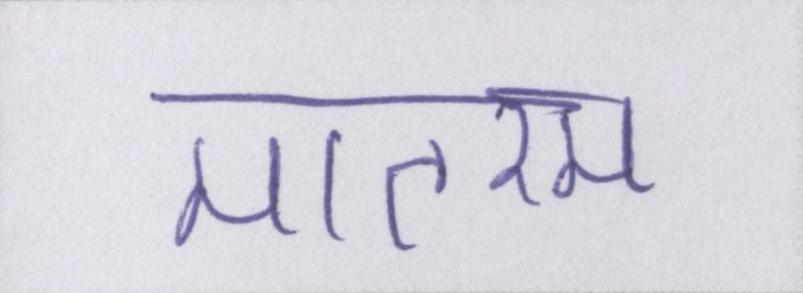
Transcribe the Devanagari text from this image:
मातरम